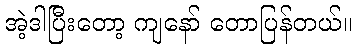
အဲ့ဒါပြီးတော့ ကျနော် တောပြန်တယ်။